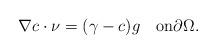
LaTeX: \begin{align*} \nabla c\cdot \nu=(\gamma-c)g\quad\mbox{on}\partial\Omega. \end{align*}